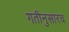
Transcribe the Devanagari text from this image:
गतीनुसारच